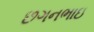
છગનભાઇ